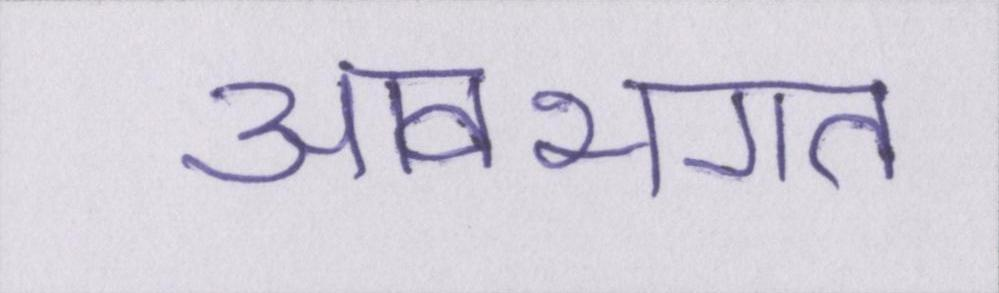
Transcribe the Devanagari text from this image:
आवभगत